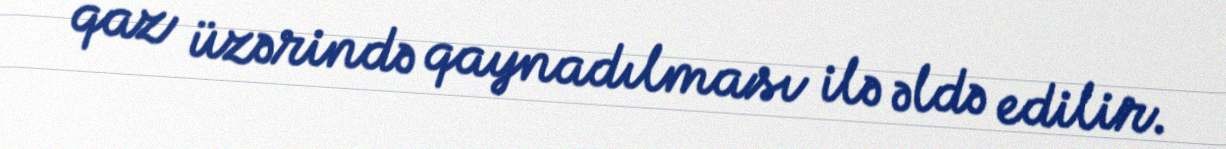
qaz üzərində qaynadılması ilə əldə edilir.